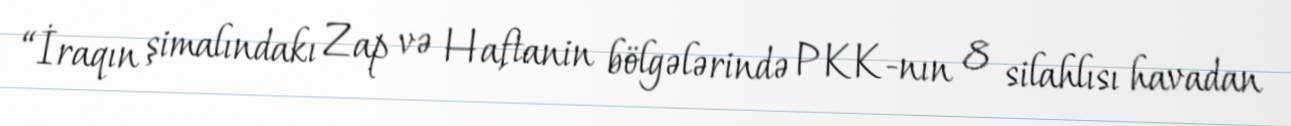
“İraqın şimalındakı Zap və Haftanin bölgələrində PKK-nın 8 silahlısı havadan